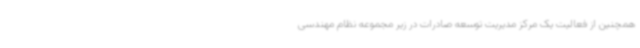
همچنین از فعالیت یک مرکز مدیریت توسعه صادرات در زیر مجموعه نظام مهندسی